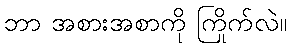
ဘာ အစားအစာကို ကြိုက်လဲ။